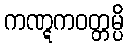
ကဏ္ဋကဝတ္တမ္ပိ